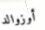
أوزوالد